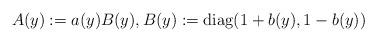
LaTeX: \begin{align*}A(y):=a(y)B(y), B(y) := \mathrm{diag}(1+b(y),1-b(y))\end{align*}